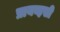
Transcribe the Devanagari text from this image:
प्रायव्हसी